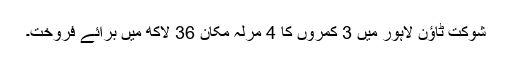
شوکت ٹاؤن لاہور میں 3 کمروں کا 4 مرلہ مکان 36 لاکھ میں برائے فروخت۔